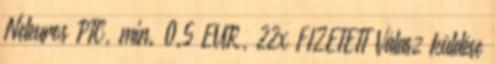
Neteuros PTC, min. 0.5 EUR, 22x FIZETETT Válasz küldése